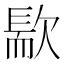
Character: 𣤀